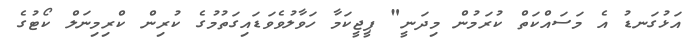
އަޅުގަނޑު އެ މަސައްކަތް ކުރަމުން މިދަނީ" ޕީޖީކަމާ ހަވާލުވެވަޑައިގަތުމުގެ ކުރިން ކްރިމިނަލް ކޯޓުގެ